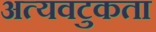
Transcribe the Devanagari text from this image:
अत्यवटुकता